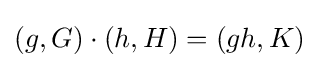
(g,G)\cdot (h,H)=(gh,K)